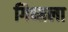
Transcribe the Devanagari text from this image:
गिब्सला